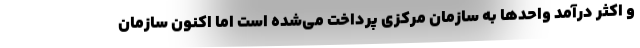
و اکثر درآمد واحدها به سازمان مرکزی پرداخت می‌شده است اما اکنون سازمان